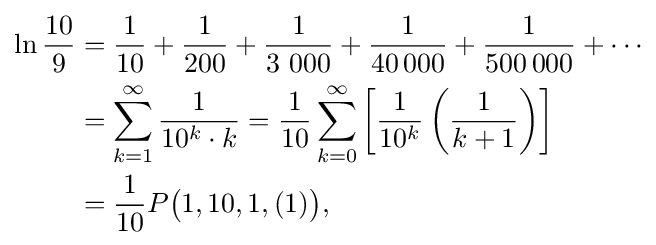
{\begin{aligned}\ln {\frac {10}{9}}&={\frac {1}{10}}+{\frac {1}{200}}+{\frac {1}{3\ 000}}+{\frac {1}{40\,000}}+{\frac {1}{500\,000}}+\cdots \\&=\sum _{k=1}^{\infty }{\frac {1}{10^{k}\cdot k}}={\frac {1}{10}}\sum _{k=0}^{\infty }\left[{\frac {1}{10^{k}}}\left({\frac {1}{k+1}}\right)\right]\\&={\frac {1}{10}}P{\bigl (}1,10,1,(1){\bigr )},\end{aligned}}